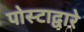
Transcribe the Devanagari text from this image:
पोस्टाद्वारे